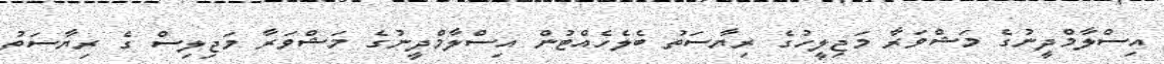
އިސްލާމްދީނުގެ މަޝްވަރާ މަޖިލީހުގެ ރިޔާސަތު ބެލެހެއްޓުން އިސްލާމްދީނުގެ މަޝްވަރާ މަޖިލިސް ގެ ރިޔާސަތު